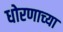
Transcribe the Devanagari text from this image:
धोरणाच्‍या